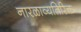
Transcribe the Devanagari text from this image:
नारळाव्यतिरिक्त